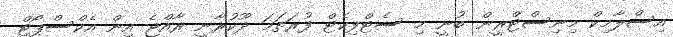
އިސްލާމިކް މިނިސްޓްރީން ބުނީ މި ސެޓްފިކެޓް ފުރަތަމަ ދޫކުރާނީ ރާއްޖެ އިން އެކްސްޕޯޓް